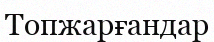
Топжарғандар